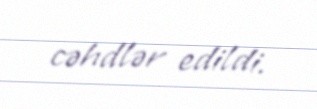
cəhdlər edildi.